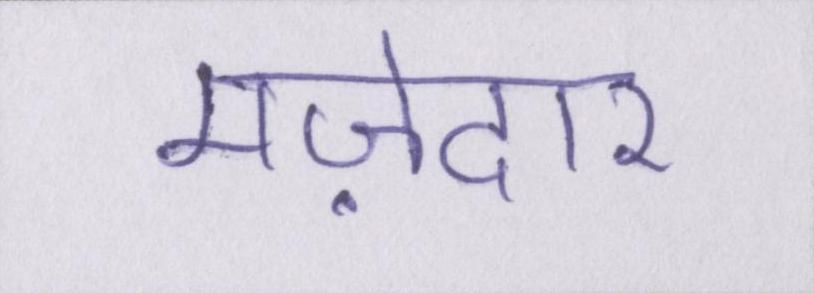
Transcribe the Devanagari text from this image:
मज़ेदार